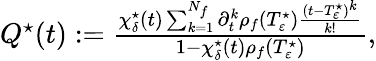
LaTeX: \begin{array}{r}{Q^{\star}(t):=\frac{\chi_{\delta}^{\star}(t)\sum_{k=1}^{N_{f}}\partial_{t}^{k}\rho_{f}(T_{\varepsilon}^{\star})\frac{(t-T_{\varepsilon}^{\star})^{k}}{k!}}{1-\chi_{\delta}^{\star}(t)\rho_{f}(T_{\varepsilon}^{\star})},}\end{array}